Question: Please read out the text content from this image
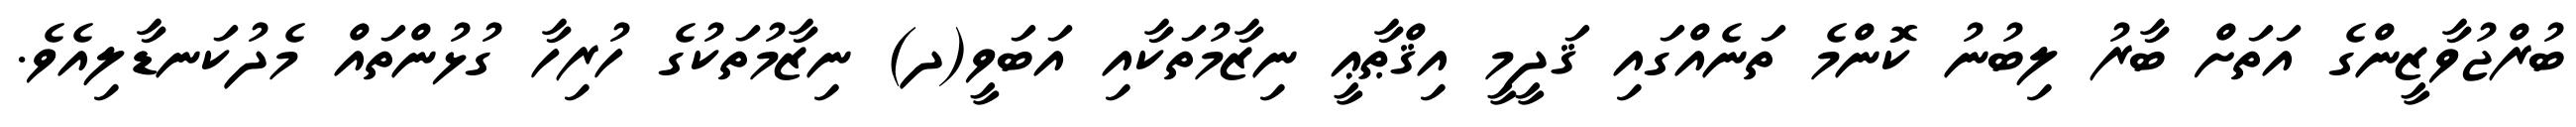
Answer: ބުރްޖުވާޒީންގެ އަތަށް ބާރު ލިބުނު ކޮންމެ ތަނެއްގައި ޤަދީމީ އިޤްޠާޢީ ނިޒާމުތަކާއި އަބަވީ(ދ) ނިޒާމުތަކުގެ ހުރިހާ ގުޅުންތައް މެދުކަނޑާލިއެވެ.